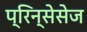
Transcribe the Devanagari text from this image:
प्रिन्सेसेज